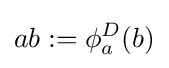
ab:=\phi _{a}^{D}(b)